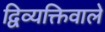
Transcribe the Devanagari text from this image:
द्विव्यक्तिवाले